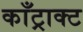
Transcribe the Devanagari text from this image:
काँट्राक्ट